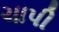
ચાપી